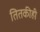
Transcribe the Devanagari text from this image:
तितकीही